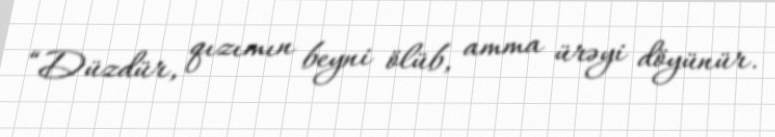
“Düzdür, qızımın beyni ölüb, amma ürəyi döyünür.